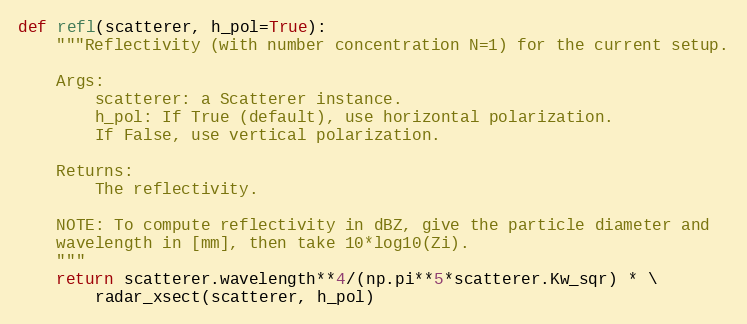
Language: Python
def refl(scatterer, h_pol=True):
    """Reflectivity (with number concentration N=1) for the current setup.

    Args:
        scatterer: a Scatterer instance.
        h_pol: If True (default), use horizontal polarization.
        If False, use vertical polarization.

    Returns:
        The reflectivity.

    NOTE: To compute reflectivity in dBZ, give the particle diameter and
    wavelength in [mm], then take 10*log10(Zi).
    """
    return scatterer.wavelength**4/(np.pi**5*scatterer.Kw_sqr) * \
        radar_xsect(scatterer, h_pol)